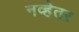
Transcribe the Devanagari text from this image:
नव्हेतर